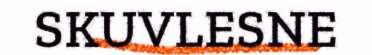
SKUVLESNE